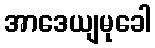
အာဒေယျမုခေါ